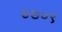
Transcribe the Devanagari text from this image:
४७०९